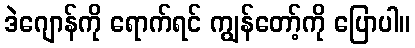
ဒဲဂျောန်ကို ရောက်ရင် ကျွန်တော့်ကို ပြောပါ။